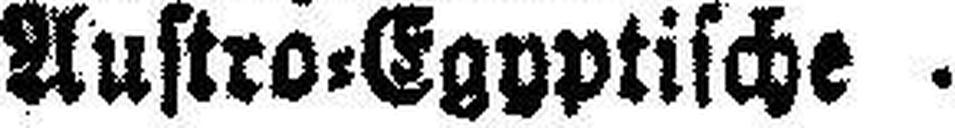
Austro=Egyptische